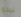
نبدو